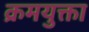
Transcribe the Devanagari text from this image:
क्रमयुक्ता